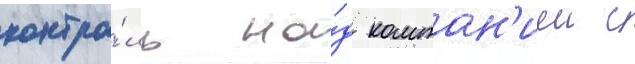
контро́ль на́д компан'иеи с